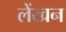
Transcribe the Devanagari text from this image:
लेंखन